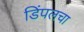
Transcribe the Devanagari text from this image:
डिंपलचा